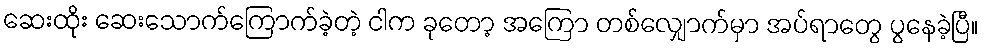
ဆေးထိုး ဆေးသောက်ကြောက်ခဲ့တဲ့ ငါက ခုတော့ အကြော တစ်လျှောက်မှာ အပ်ရာတွေ ပွနေခဲ့ပြီ။